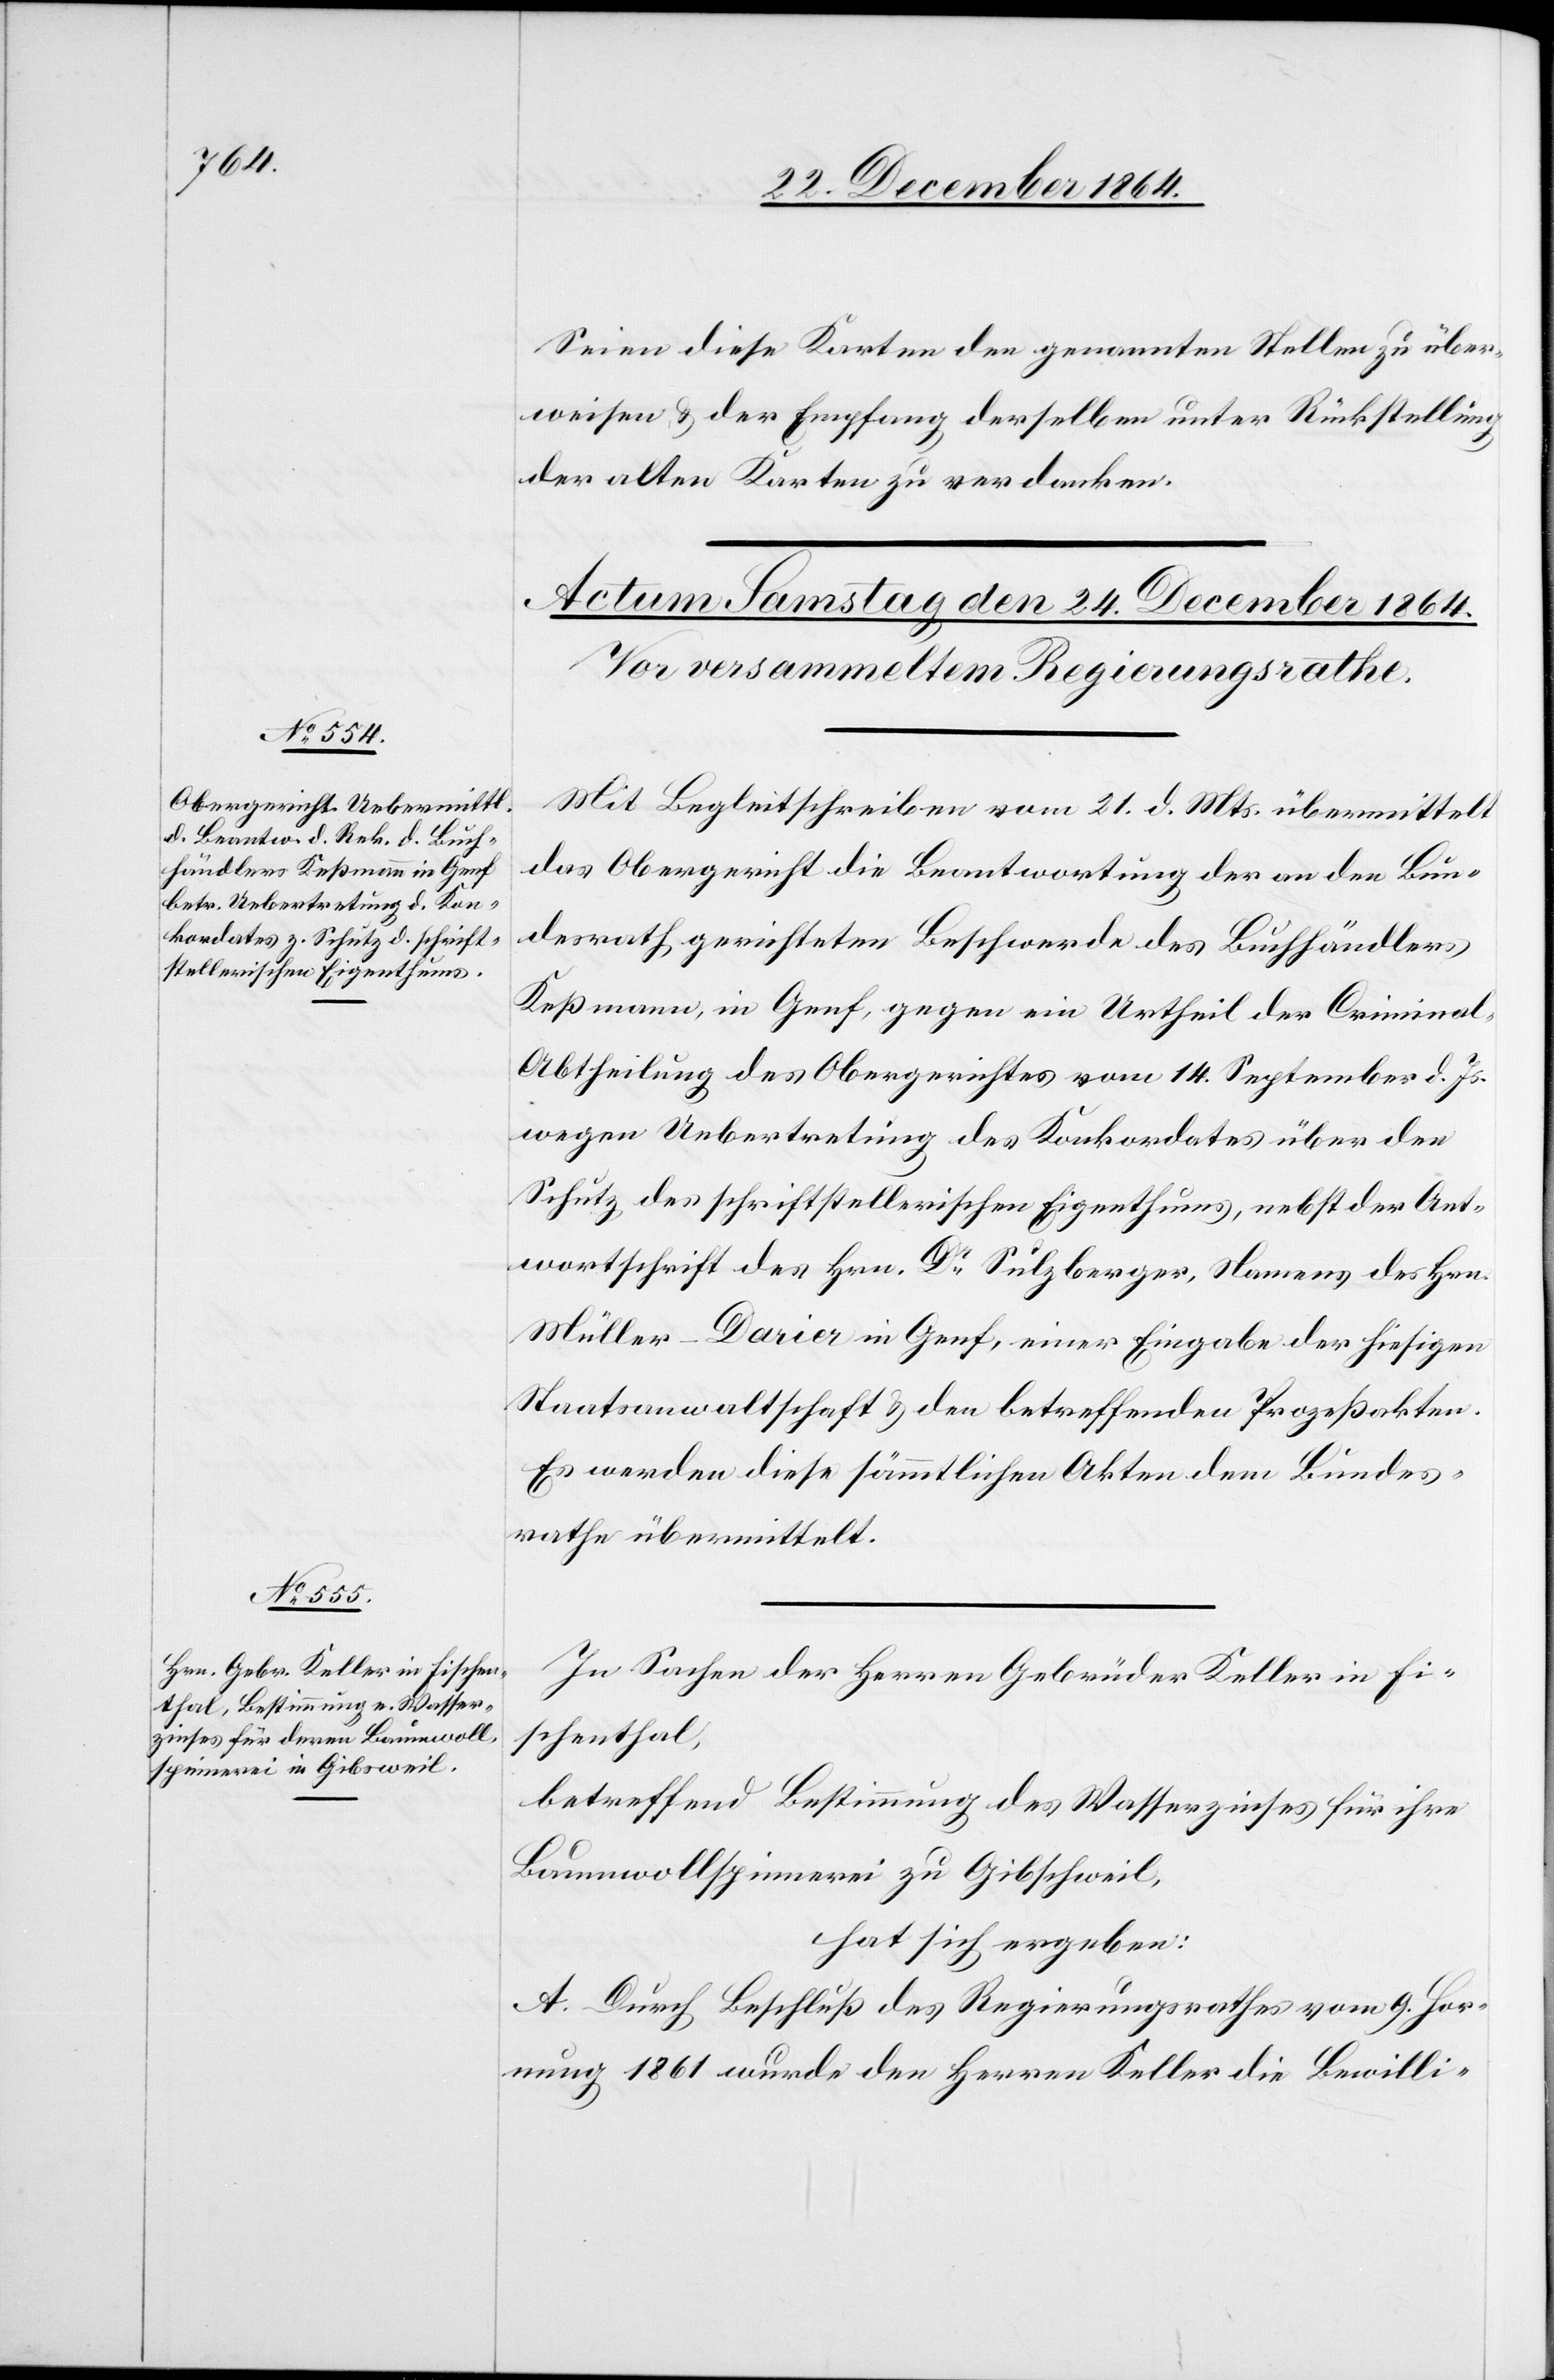
Seien diese Karten den genannten Stellen zu über¬
weisen & der Empfang derselben unter Rückstellung
der alten Karten zu verdanken.
Mit Begleitschreiben vom 21. d. Mts. übermittelt
das Obergericht die Beantwortung der an den Bun¬
desrath gerichteten Beschwerde des Buchhändlers
Keßmann, in Genf, gegen ein Urtheil der Criminal-A¬
btheilung des Obergerichtes vom 14. September d. Js.
wegen Uebertretung des Konkordates über den
Schutz des schriftstellerischen Eigenthums, nebst der Ant¬
wortschrift des Hrn. Dr Sulzberger, Namens des Hrn.
Müller-Darier in Genf, einer Eingabe der hiesigen
Staatsanwaltschaft & den betreffenden Prozeßakten.
Es werden diese sämmtlichen Akten dem Bundes¬
rathe übermittelt.
In Sachen der Herren Gebrüder Keller in Fi¬
schenthal,
betreffend Bestimmung des Wasserzinses für ihre
Baumwollspinnerei zu Gibschweil
hat sich ergeben:
A. Durch Beschluß des Regierungsrathes vom 9. Hor¬
nung 1861 wurde den Herren Keller die Bewilli-